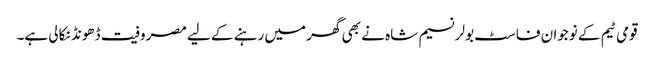
قومی ٹیم کے نوجوان فاسٹ بولر نسیم شاہ نے بھی گھر میں رہنے کے لیے مصروفیت ڈھونڈ نکالی ہے۔